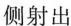
侧射出